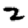
Digit: 2